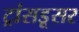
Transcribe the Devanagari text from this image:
ट्रांसडूसर